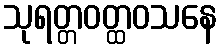
သုရတ္တဝတ္ထဝသနေ